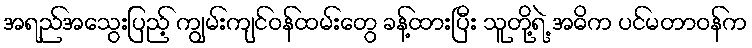
အရည်အသွေးပြည့် ကျွမ်းကျင်ဝန်ထမ်းတွေ ခန့်ထားပြီး သူတို့ရဲ့ အဓိက ပင်မတာဝန်က